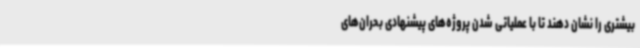
بیشتری را نشان دهند تا با عملیاتی شدن پروژه‌های پیشنهادی بحران‌های